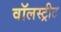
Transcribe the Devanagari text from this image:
वॉलस्ट्रीट